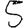
Digit: 5